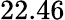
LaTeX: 22.46